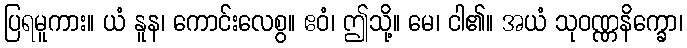
ပြရမူကား။ ယံ နူန၊ ကောင်းလေစွ။ ဧဝံ၊ ဤသို့။ မေ၊ ငါ၏။ အယံ သုဝဏ္ဏနိက္ခော၊